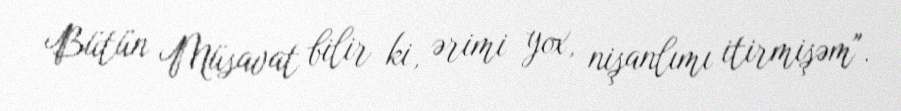
Bütün Müsavat bilir ki, ərimi yox, nişanlımı itirmişəm".